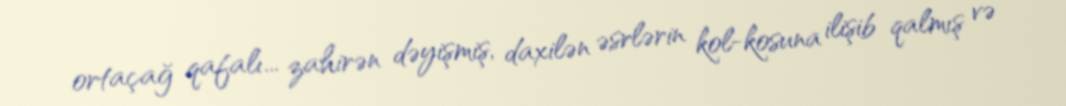
ortaçağ qafalı... zahirən dəyişmiş, daxilən əsrlərin kol-kosuna ilişib qalmış və